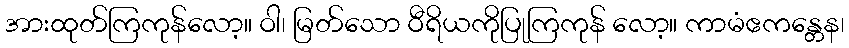
အားထုတ်ကြကုန်လော့။ ဝါ၊ မြတ်သော ဝီရိယကိုပြုကြကုန် လော့။ ကာမံဧကန္တေန၊